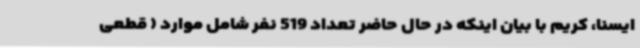
ایسنا، کریم با بیان اینکه در حال حاضر تعداد 519 نفر شامل موارد ( قطعی